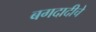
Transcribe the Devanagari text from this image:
बगदादीचे